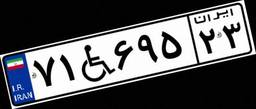
۷۱W۶۹۵۲۳